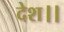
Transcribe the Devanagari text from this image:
देश।।